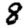
Digit: 8